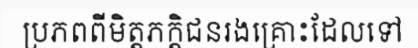
ប្រភពពីមិត្តភក្តិជនរងគ្រោះដែលទៅ